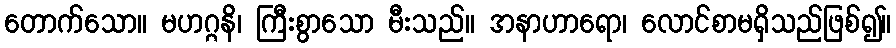
တောက်သော။ မဟဂ္ဂနိ၊ ကြီးစွာသော မီးသည်။ အနာဟာရော၊ လောင်စာမရှိသည်ဖြစ်၍။